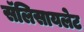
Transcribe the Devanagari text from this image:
सॅलिसायलेट